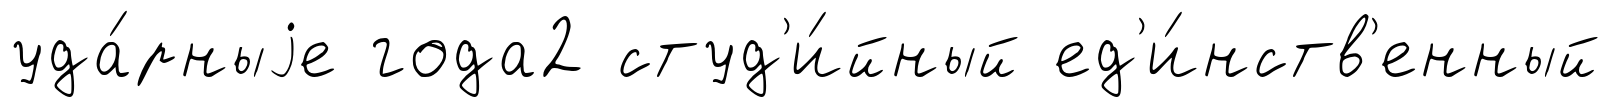
уда́рныjе года2 студ'и́йный ед'и́нств'енный